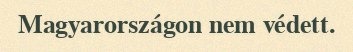
Magyarországon nem védett.